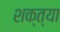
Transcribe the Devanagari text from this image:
शक्त्या